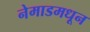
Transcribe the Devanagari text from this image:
नेमाडमधून